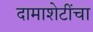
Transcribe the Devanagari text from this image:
दामाशेटींचा